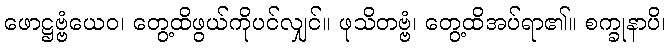
ဖောဋ္ဌဗ္ဗံယေဝ၊ တွေ့ထိဖွယ်ကိုပင်လျှင်။ ဖုသိတဗ္ဗံ၊ တွေ့ထိအပ်ရာ၏။ စက္ခုနာပိ၊